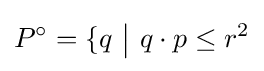
P^{\circ }=\{q~{\big |}~q\cdot p\leq r^{2}